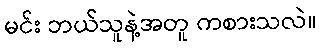
မင်း ဘယ်သူနဲ့အတူ ကစားသလဲ။